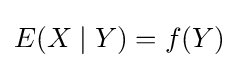
E(X\mid Y)=f(Y)